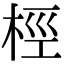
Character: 桱